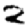
Digit: 2